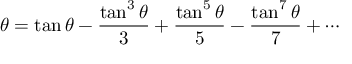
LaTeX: \theta = \tan \theta - { \frac { \tan ^ { 3 } \theta } { 3 } } + { \frac { \tan ^ { 5 } \theta } { 5 } } - { \frac { \tan ^ { 7 } \theta } { 7 } } + \cdots